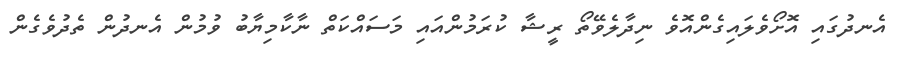
އެނދުގައި އޮށޯވެލައިގެންއޮވެ ނިދާލެވޭތޯ ރީޝާ ކުރަމުންއައި މަސައްކަތް ނާކާމިޔާބު ވުމުން އެނދުން ތެދުވެގެން